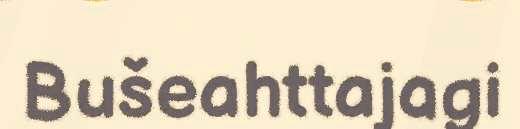
Bušeahttajagi